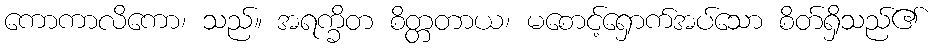
ကောကာလိကော၊ သည်။ အရက္ခိတ စိတ္တတာယ၊ မစောင့်ရှောက်အပ်သော စိတ်ရှိသည်၏